Report of the Indian Hemp Drugs Commission, 1894-1895 - Volume I
Year: 1894
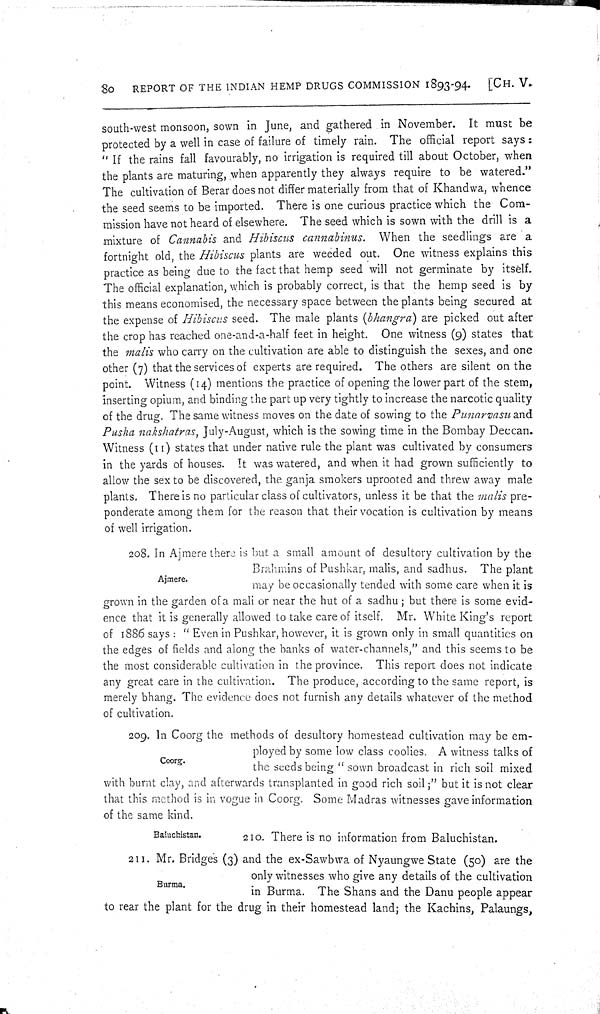
80
REPORT OF THE INDIAN HEMP DRUGS COMMISSION 1893-94.
[CH. V.
south-west monsoon, sown in June, and gathered in November. It must be
protected by a well in case of failure of timely rain. The official report says:
"If
the rains fall favourably, no irrigation is required till about October, when
the plants are maturing, when apparently they always require to be watered."
The cultivation of Berar does not differ materially from that of Khandwa, whence
the seed seems to be imported. There is one curious practice which the Com-
mission have not heard of elsewhere. The seed which is sown with the drill is a
mixture of Cannabis and Hibiscus cannabinus.
When the seedlings are a
fortnight old, the Hibiscus plants are weeded out. One witness explains this
practice as being due to the fact that hemp seed will not germinate by itself.
The official explanation, which is probably correct, is that the hemp seed is by
this means economised, the necessary space between the plants being secured at
the expense of Hibiscus seed. The male plants (bhangra) are picked out after
the crop has reached one-and-a-half feet in height. One witness (9) states that
the malis who carry on the cultivation are able to distinguish the sexes, and one
other (7) that the services of experts are required. The others are silent on the
point. Witness (14) mentions the practice of opening the lower part of the stem,
inserting opium, and binding the part up very tightly to increase the narcotic quality
of the drug. The same witness moves on the date of sowing to the Punarvasu and
Pusha nakshatras, July-August, which is the sowing time in the Bombay Deccan.
Witness (11) states that under native rule the plant was cultivated by consumers
in the yards of houses. It was watered, and when it had grown sufficiently to
allow the sex to be discovered, the ganja smokers uprooted and threw away male
plants. There is no particular class of cultivators, unless it be that the malis pre-
ponderate among them for the reason that their vocation is cultivation by means
of well irrigation.
Ajmere.
208. In Ajmere there is but a small amount of desultory cultivation by the
Brahmins of Pushkar, malis, and sadhus. The plant
may be occasionally tended with some care when it is
grown in the garden of a mali or near the hut of a sadhu; but there is some evid-
ence that it is generally allowed to take care of itself. Mr. White King's report
of 1886 says: "Even in Pushkar, however, it is grown only in small quantities on
the edges of fields and along the banks of water-channels," and this seems to be
the most considerable cultivation in the province. This report does not indicate
any great care in the cultivation. The produce, according to the same report, is
merely bhang. The evidence does not furnish any details whatever of the method
of cultivation.
Coorg.
209. In Coorg the methods of desultory homestead cultivation may be em-
ployed by some low class coolies. A witness talks of
the seeds being "sown broadcast in rich soil mixed
with burnt clay, and afterwards transplanted in good rich soil;" but it is not clear
that this method is in vogue in Coorg. Some Madras witnesses gave information
of the same kind.
Baluchistan.
210. There is no information from Baluchistan.
Burma.
211. Mr. Bridges (3) and the ex-Sawbwa of Nyaungwe State (50) are the
only witnesses who give any details of the cultivation
in Burma. The Shans and the Danu people appear
to rear the plant for the drug in their homestead land; the Kachins, Palaungs,